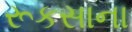
રૂકસાના